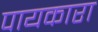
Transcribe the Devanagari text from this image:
पायकारा